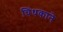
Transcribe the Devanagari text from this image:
चिंधकाने